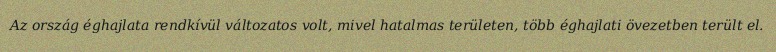
Az ország éghajlata rendkívül változatos volt, mivel hatalmas területen, több éghajlati övezetben terült el.